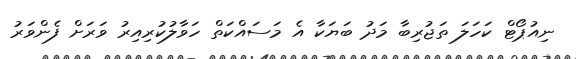
ނިއުޕޯޓް ކަހަލަ ތަޖުރިބާ މަދު ބަޔަކާ އެ މަސައްކަތް ހަވާލުކުރިއިރު ވަރަށް ފެންވަރު